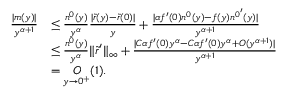
\begin{array} { r l } { \frac { \lvert m ( y ) \rvert } { y ^ { \alpha + 1 } } } & { \leq \frac { n ^ { 0 } ( y ) } { y ^ { \alpha } } \frac { \lvert \tilde { r } ( y ) - \tilde { r } ( 0 ) \rvert } { y } + \frac { \lvert \alpha f ^ { \prime } ( 0 ) n ^ { 0 } ( y ) - f ( y ) { n ^ { 0 } } ^ { \prime } ( y ) \rvert } { y ^ { \alpha + 1 } } } \\ & { \leq \frac { n ^ { 0 } ( y ) } { y ^ { \alpha } } \lVert { \tilde { r } } ^ { \prime } \rVert _ { \infty } + \frac { \lvert C \alpha f ^ { \prime } ( 0 ) y ^ { \alpha } - C \alpha f ^ { \prime } ( 0 ) y ^ { \alpha } + O ( y ^ { \alpha + 1 } ) \rvert } { y ^ { \alpha + 1 } } } \\ & { = \underset { y \to 0 ^ { + } } { O } ( 1 ) . } \end{array}